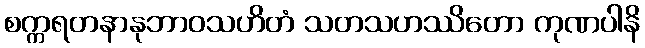
စက္ကရတနာနုဘာဝသဟိတံ သတသဟဿိတော ကုဏပါနိ